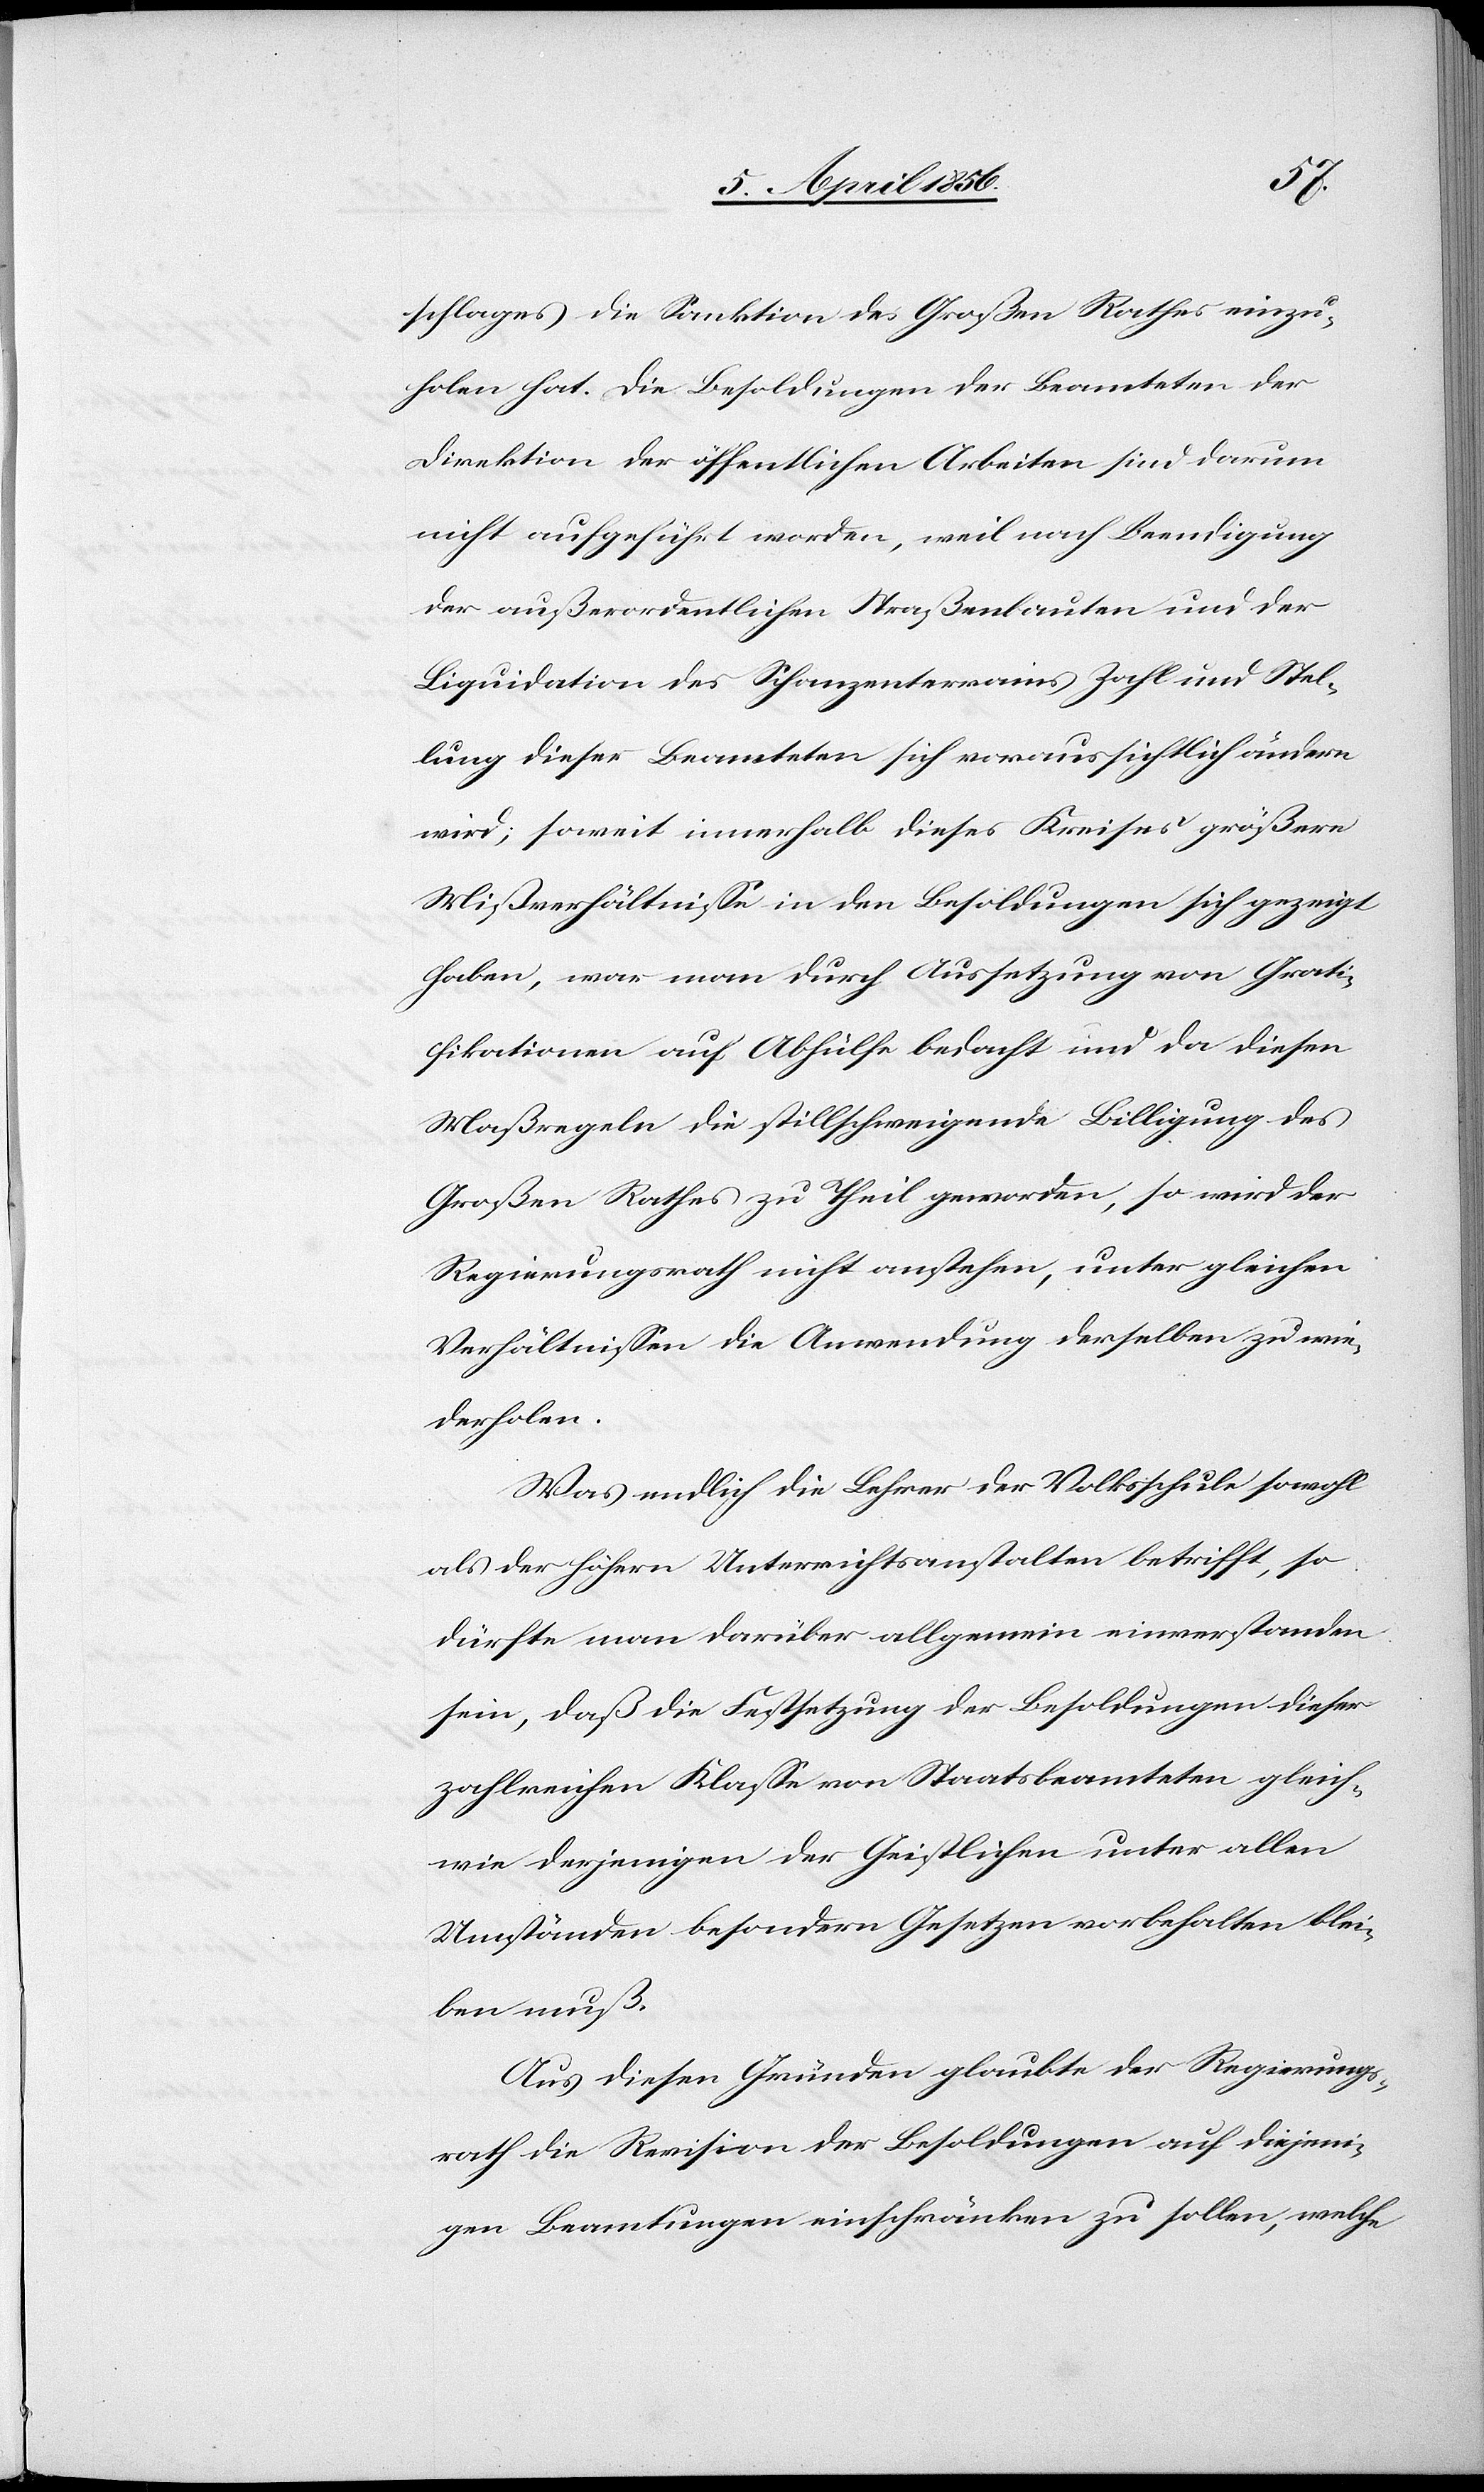
schlages die Sanktion des Großen Rathes einzu¬
holen hat. Die Besoldungen der Beamteten der
Direktion der öffentlichen Arbeiten sind darum
nicht aufgeführt worden, weil nach Beendigung
der außerordentlichen Straßenbauten und der
Liquidation des Schanzenterrains Zahl und Stel¬
lung dieser Beamteten sich voraussichtlich ändern
wird; soweit innerhalb dieses Kreises größere
Mißverhältnisse in den Besoldungen sich gezeigt
haben, war man durch Aussetzung von Grati¬
fikationen auf Abhülfe bedacht und da diesen
Maßregeln die stillschweigende Billigung des
Großen Rathes zu Theil geworden, so wird der
Regierungsrath nicht anstehen, unter gleichen
Verhältnissen die Anwendung derselben zu wie¬
derholen.
Was endlich die Lehrer der Volksschule sowohl
als der höhern Unterrichtsanstalten betrifft, so
dürfte man darüber allgemein einverstanden
sein, daß die Festsetzung der Besoldungen dieser
zahlreichen Klasse von Staatsbeamteten gleich¬
wie derjenigen der Geistlichen unter allen
Umständen besondern Gesetzen vorbehalten blei¬
ben muß.
Aus diesen Gründen glaubte der Regierungs¬
rath die Revision der Besoldungen auf diejeni¬
gen Beamtungen einschränken zu sollen, welche